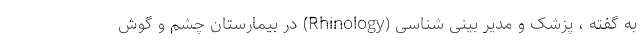
به گفته ، پزشک و مدیر بینی شناسی (Rhinology) در بیمارستان چشم و گوش